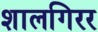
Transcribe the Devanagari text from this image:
शालगिरर